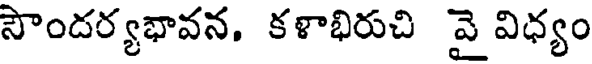
సౌందర్యభావన. కళాభిరుచి వై విధ్యం